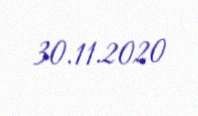
30.11.2020